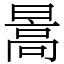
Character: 暠